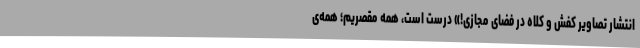
انتشار تصاویر کفش و کلاه در فضای مجازی!» درست است، همه مقصریم؛ همه‌ی